Burma Government Medical School reports 1923-41
Year: 1923
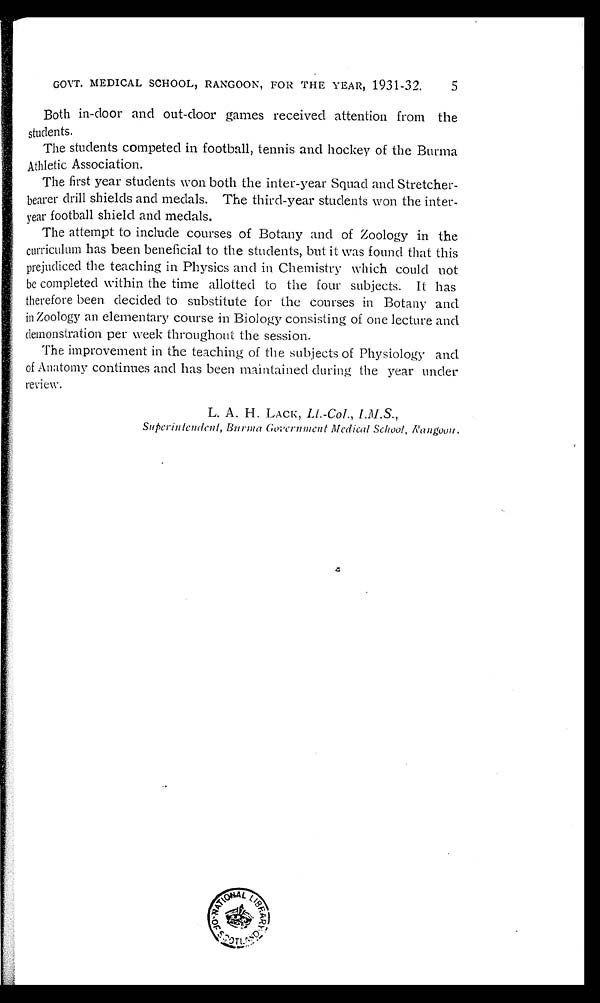
GOVT. MEDICAL SCHOOL, RANGOON, FOR THE YEAR, 1931-32.
5
Both in-door and out-door games received attention from the
students.
The students competed in football, tennis and hockey of the Burma
Athletic Association.
The first year students won both the inter-year Squad and Stretcher-
bearer drill shields and medals. The third-year students won the inter
-year football shield and medals.
The attempt to include courses of Botany and of Zoology in the
curriculum has been beneficial to the students, but it was found that this
prejudiced the teaching in Physics and in Chemistry which could not
be completed within the time allotted to the four subjects. It has
therefore been decided to substitute for the courses in Botany and
in Zoology an elementary course in Biology consisting of one lecture and
demonstration per week throughout the session.
The improvement in the teaching of the subjects of Physiology and
of Anatomy continues and has been maintained during the year under
review.
L. A. H. LACK, Lt Col ., I.M.S.,
Superintendent, Burma Government Medical School, Rangoon.